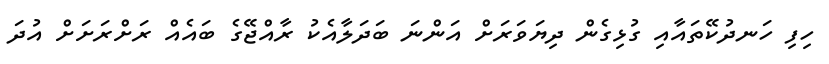
ހިފި ހަނދުކޭތައާއި ގުޅިގެން ދިޔަވަރަށް އަންނަ ބަދަލާއެކު ރާއްޖޭގެ ބައެއް ރަށްރަށަށް އުދަ